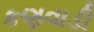
કણવાડી